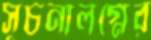
সূচনালগ্নের